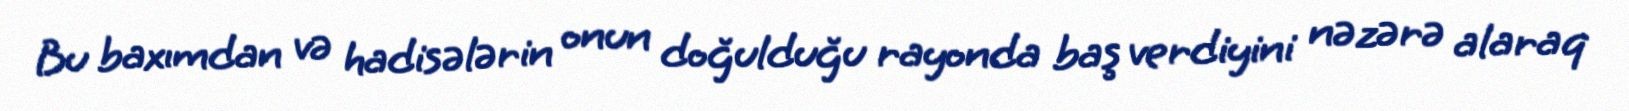
Bu baxımdan və hadisələrin onun doğulduğu rayonda baş verdiyini nəzərə alaraq